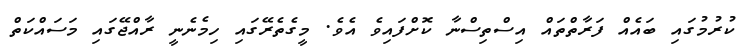
ކުރުމުގައި ބައެއް ފަރާތްތައް އިސްތިސްނާ ކޮށްފައިވެ އެވެ. މީގެތެރޭގައި ހިމެނެނީ ރާއްޖޭގައި މަސައްކަތް